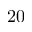
2 0